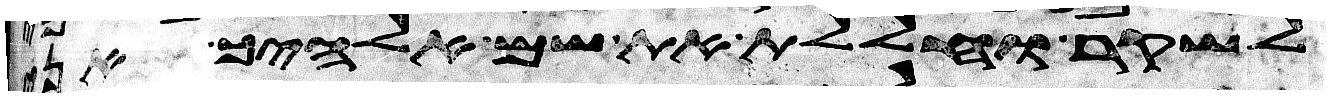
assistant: לשקר וחללת את שם אלהיך אני